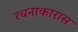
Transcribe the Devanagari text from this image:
रचनाकारास